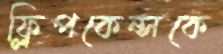
ফ্লিপকেন্সকে